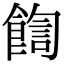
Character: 𩜺